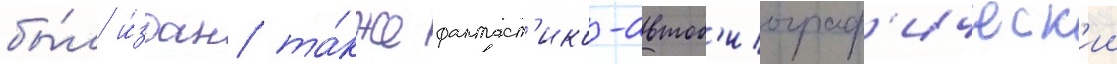
бы́л и́здан та́кже фантаст'ико-автоб'иограф'ическ'ии